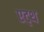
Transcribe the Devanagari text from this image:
एट्थ